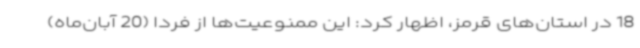
18 در استان‌های قرمز، اظهار کرد: این ممنوعیت‌ها از فردا (20 آبان‌ماه)